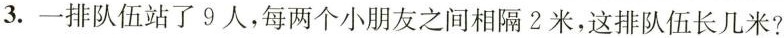
3.一排队伍站了9人，每两个小朋友之间相隔2米，这排队伍长几米?